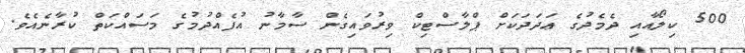
500 ކިލޯއާއި ދެމެދުގެ ޢަދަދަކަށް ޕްލާސްޓިކް ވިރުވައިގެން ސާމާނު އުފެއްދުމުގެ މަސައްކަތް ކުރާނެއެވެ.